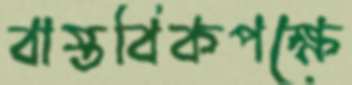
বাস্তবিকপক্ষে